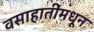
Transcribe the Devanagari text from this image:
वसाहातींमधून